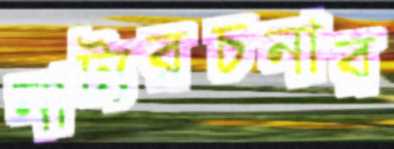
নাট্যরচনার